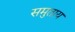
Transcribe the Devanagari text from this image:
समुताय